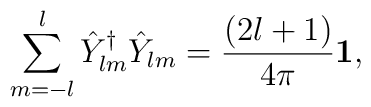
\sum_{m=-l}^{l}\hat{Y}^\dag_{lm}\hat{Y}_{lm}={(2l+1)\over 4\pi}{\bf 1},